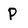
Character: p